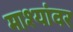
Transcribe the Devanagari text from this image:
माश्यांवर